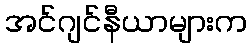
အင်ဂျင်နီယာများက